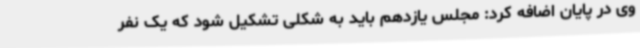
وی در پایان اضافه کرد: مجلس یازدهم باید به شکلی تشکیل شود که یک نفر